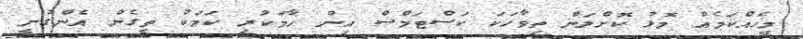
މީހެއްކަމެއް މޮޅު ކޮށްލަން ތިވާހަކަ ކަސްޓަމްސް އިން ހާމަކުރި ކަމަކު ތީގެން އެންގުނީ